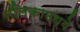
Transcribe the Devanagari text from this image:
नलिकामध्ये